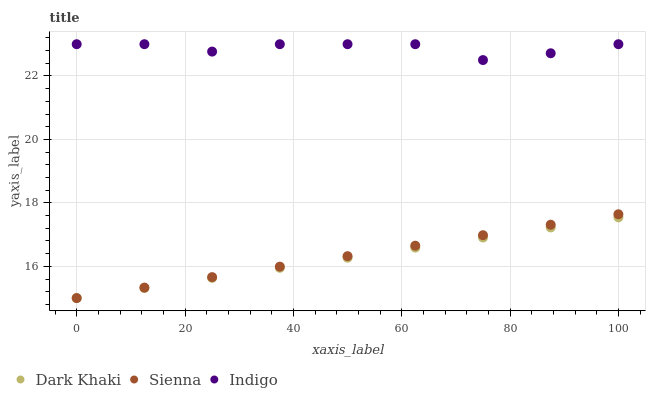
| xaxis_label | Dark Khaki | Sienna | Indigo |
 | --- | --- | --- | --- |
 | 0 | 15 | 15 | 23 |
 | 12.5 | 15.3 | 15.3 | 23 |
 | 25 | 15.6 | 15.7 | 22.8 |
 | 37.5 | 16 | 16 | 23 |
 | 50 | 16.3 | 16.3 | 23 |
 | 62.5 | 16.6 | 16.7 | 23 |
 | 75 | 16.9 | 17 | 22.5 |
 | 87.5 | 17.2 | 17.3 | 22.7 |
 | 100 | 17.5 | 17.6 | 23 |